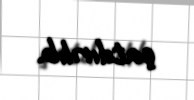
çatdırılıb.